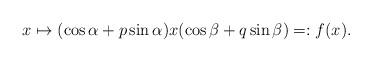
LaTeX: \begin{align*}x\mapsto (\cos\alpha+ p\sin\alpha)x(\cos\beta+ q\sin\beta)=:f(x).\end{align*}